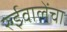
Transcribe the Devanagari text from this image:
रुईवालेंचा